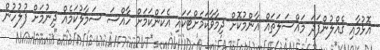
އޮޅުމާއި ގެއްލުންފަދަ މައްސަލަތައް އާންމުކޮށް ދިމާވާކަމަށްޓަކައި އެކަންކަމަށް ހާއްސަ ސަމާލުކަމެއް ދިނުމަށް ފުލުހުން